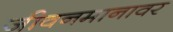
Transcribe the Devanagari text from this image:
जीवनमानावर